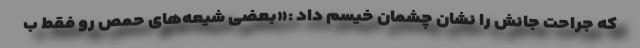
که جراحت جانش را نشان چشمان خیسم داد :«بعضی شیعه‌های حمص رو فقط ب